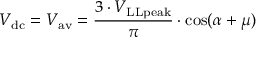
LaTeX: V _ { \mathrm { d c } } = V _ { \mathrm { a v } } = { \frac { 3 \cdot V _ { \mathrm { L L p e a k } } } { \pi } } \cdot \cos ( \alpha + \mu )